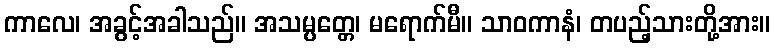
ကာလေ၊ အခွင့်အခါသည်။ အသမ္ပတ္တေ၊ မရောက်မီ။ သာဝကာနံ၊ တပည့်သားတို့အား။